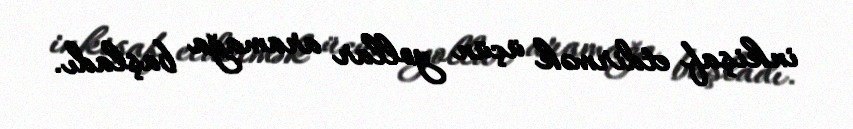
inkişaf etdirmək üçün yollar aramağa başladı.